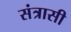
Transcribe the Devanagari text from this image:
संत्रासी